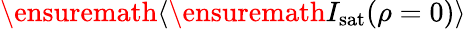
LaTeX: \ensuremath{\langle\ensuremath{I_{\mathrm{sat}}}(\rho=0)\rangle}